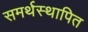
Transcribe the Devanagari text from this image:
समर्थस्थापित